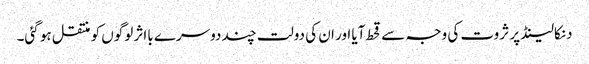
دنکالینڈ پر ثروت کی وجہ سے قحط آیا اور ان کی دولت چند دوسرے بااثر لوگوں کو منتقل ہو گئی۔